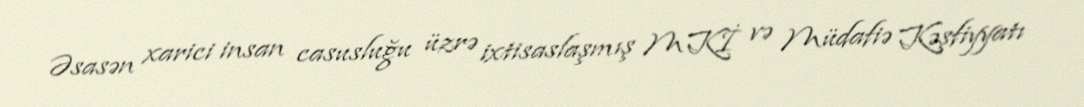
Əsasən xarici insan casusluğu üzrə ixtisaslaşmış MKİ və Müdafiə Kəşfiyyatı